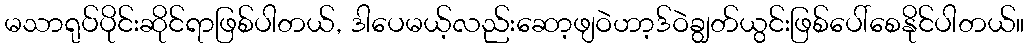
မသာရုပ်ပိုင်းဆိုင်ရာဖြစ်ပါတယ်, ဒါပေမယ့်လည်းဆော့ဖျဝဲဟာ့ဒ်ဝဲချွတ်ယွင်းဖြစ်ပေါ်စေနိုင်ပါတယ်။